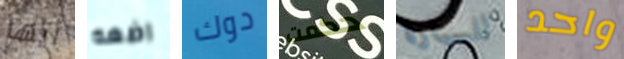
أيها اضعه دوك حكمت للسيارة واحد